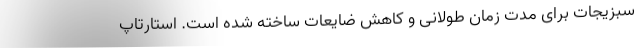
سبزیجات برای مدت زمان طولانی و کاهش ضایعات ساخته شده است. استارتاپ